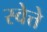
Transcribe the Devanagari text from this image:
स्वेत्ते